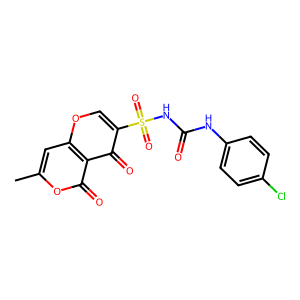
SMILES: Cc1cc2occ(S(=O)(=O)NC(=O)Nc3ccc(Cl)cc3)c(=O)c2c(=O)o1
Inhibits HIV replication: No